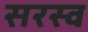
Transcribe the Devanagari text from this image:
सरस्व